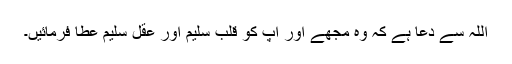
اللہ سے دعا ہے کہ وہ مجھے اور آپ کو قلب ِسلیم اور عقلِ سلیم عطا فرمائیں۔